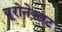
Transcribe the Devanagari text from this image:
यूरोनेक्सट